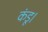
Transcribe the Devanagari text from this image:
कंडू।